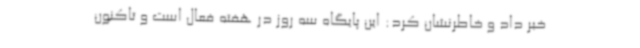
خبر داد و خاطرنشان کرد: این پایگاه سه روز در هفته فعال است و تاکنون